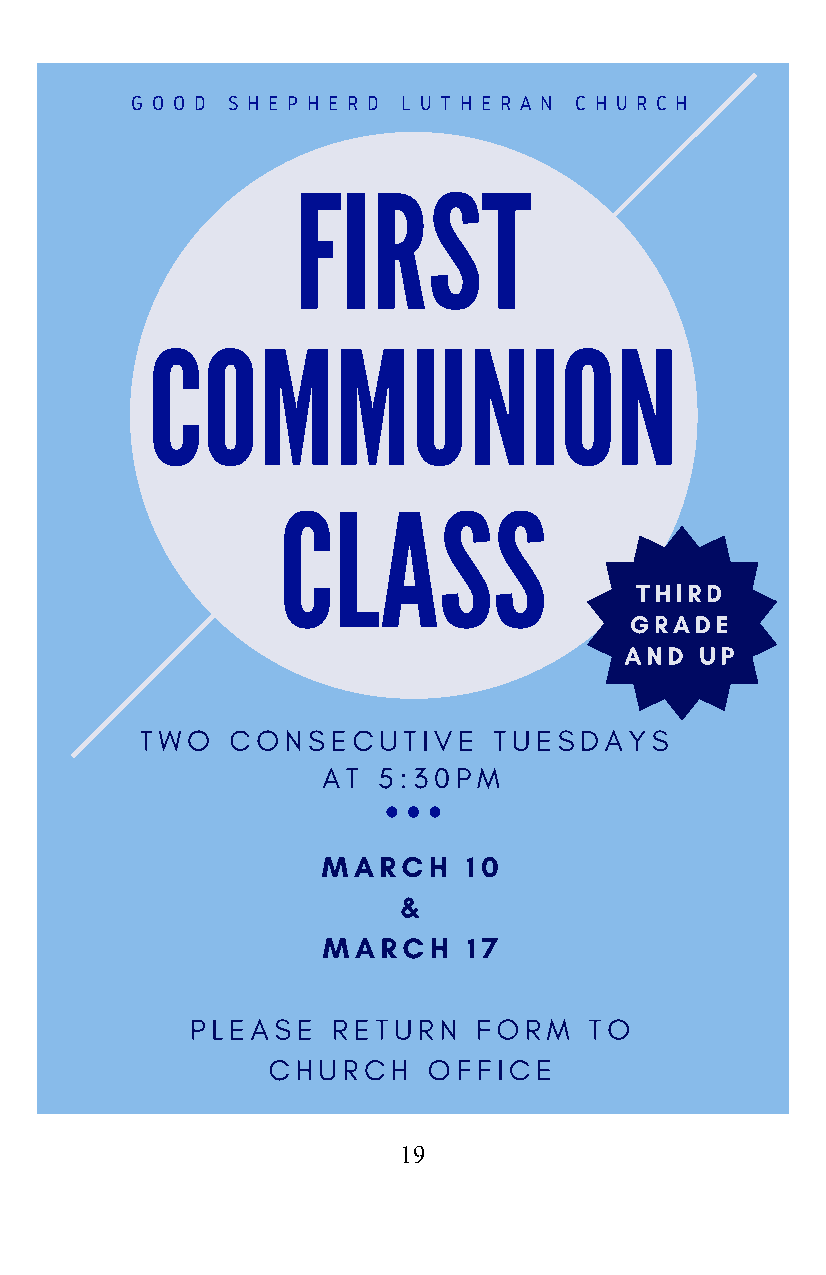
G O O D S H E P H E R D L U T H E R A N C H U R C H
 19